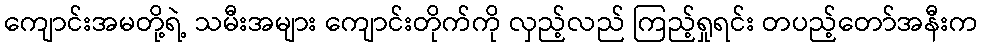
ကျောင်းအမတို့ရဲ့ သမီးအများ ကျောင်းတိုက်ကို လှည့်လည် ကြည့်ရှုရင်း တပည့်တော်အနီးက